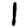
Digit: 1